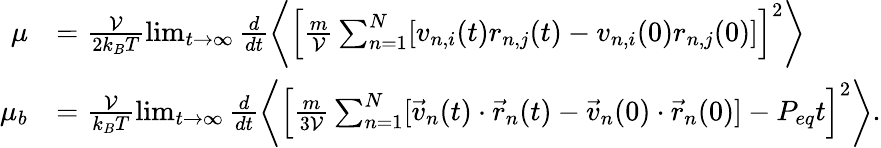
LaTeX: \begin{array}{rl}{\mu}&{=\frac{\mathcal{V}}{2k_{B}T}\operatorname*{lim}_{t\to\infty}\frac{d}{dt}\left\langle\left[\frac{m}{\mathcal{V}}\sum_{n=1}^{N}[v_{n,i}(t)r_{n,j}(t)-v_{n,i}(0)r_{n,j}(0)]\right]^{2}\right\rangle}\\ {\mu_{b}}&{=\frac{\mathcal{V}}{k_{B}T}\operatorname*{lim}_{t\to\infty}\frac{d}{dt}\left\langle\left[\frac{m}{3\mathcal{V}}\sum_{n=1}^{N}[\vec{v}_{n}(t)\cdot\vec{r}_{n}(t)-\vec{v}_{n}(0)\cdot\vec{r}_{n}(0)]-P_{eq}t\right]^{2}\right\rangle.}\end{array}